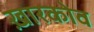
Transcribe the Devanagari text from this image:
ख़ारकोव